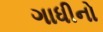
ગાધીનો